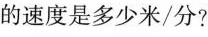
的速度是多少米/分?